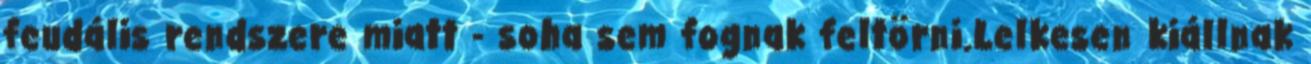
feudális rendszere miatt - soha sem fognak feltörni.Lelkesen kiállnak